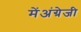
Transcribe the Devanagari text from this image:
मेंअंग्रेजी